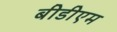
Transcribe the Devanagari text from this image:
बीडीएम